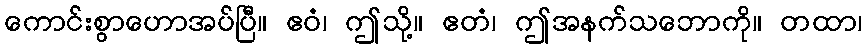
ကောင်းစွာဟောအပ်ပြီ။ ဧဝံ၊ ဤသို့။ ဧတံ၊ ဤအနက်သဘောကို။ တထာ၊